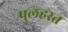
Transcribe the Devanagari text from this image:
पुलहस्त